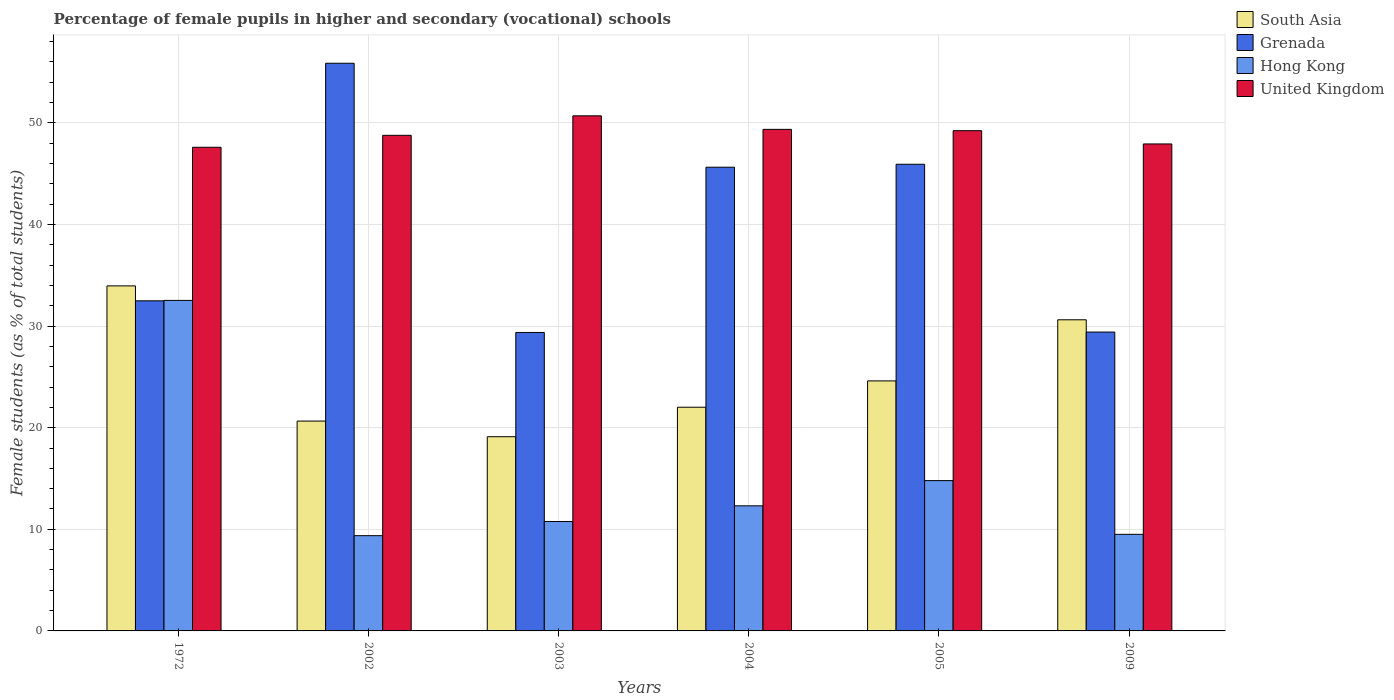
| Years | South Asia | Grenada | Hong Kong | United Kingdom |
 | --- | --- | --- | --- | --- |
 | 1972 | 34 | 32.5 | 32.5 | 47.6 |
 | 2002 | 20.7 | 55.9 | 9.37 | 48.8 |
 | 2003 | 19.1 | 29.4 | 10.8 | 50.7 |
 | 2004 | 22 | 45.6 | 12.3 | 49.4 |
 | 2005 | 24.6 | 45.9 | 14.8 | 49.2 |
 | 2009 | 30.6 | 29.4 | 9.51 | 47.9 |